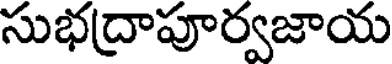
సుభద్రాపూర్వజాయ